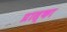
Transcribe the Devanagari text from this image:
प्रास्का